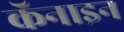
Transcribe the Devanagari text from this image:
कॅनाइन